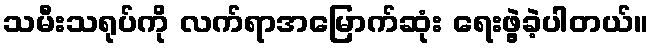
သမီးသရုပ်ကို လက်ရာအမြောက်ဆုံး ရေးဖွဲ့ခဲ့ပါတယ်။